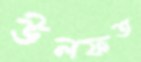
উলফত